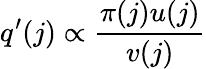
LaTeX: q^{\prime}(j)\propto\frac{\pi(j)u(j)}{v(j)}